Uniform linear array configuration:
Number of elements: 24
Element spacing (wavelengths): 0.25
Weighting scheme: hamming
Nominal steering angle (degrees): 60
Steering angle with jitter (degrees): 59.071
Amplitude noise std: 0.05
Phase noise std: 0.05

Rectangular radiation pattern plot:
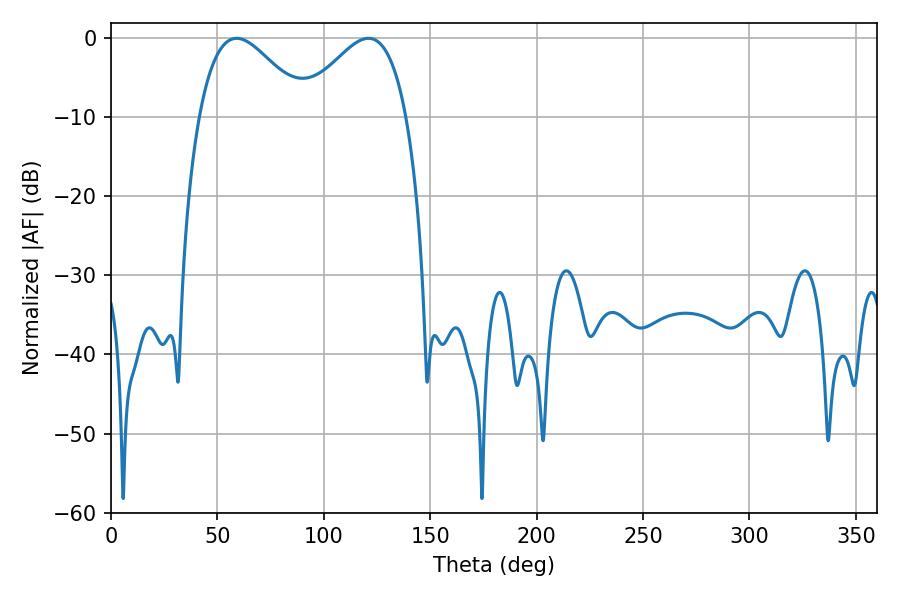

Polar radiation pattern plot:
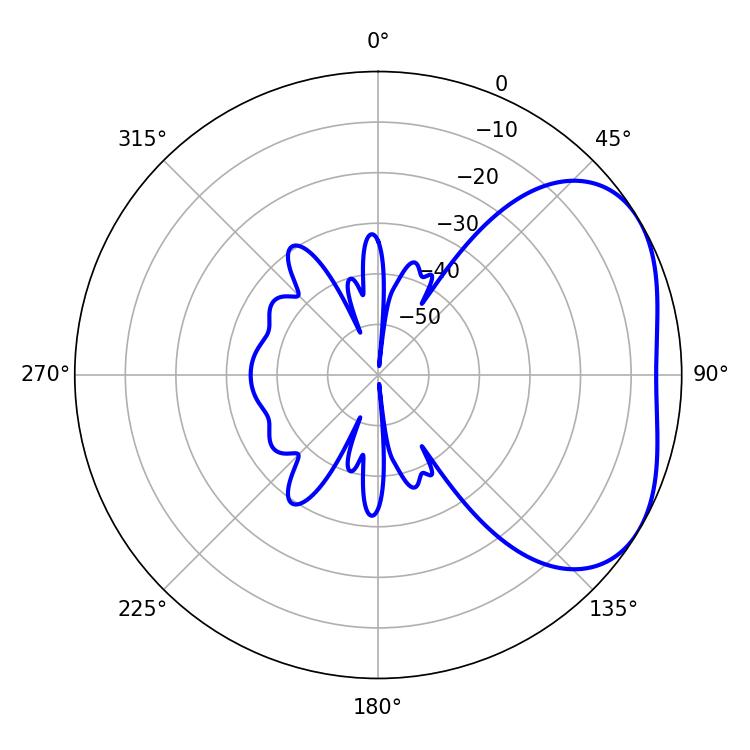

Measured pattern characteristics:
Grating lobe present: FALSE
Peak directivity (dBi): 3.482
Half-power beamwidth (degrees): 27
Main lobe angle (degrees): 59.04